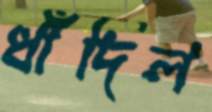
ধাঁদিল